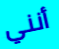
أنني